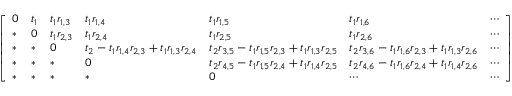
\left[ \begin{array} { l l l l l l l } { 0 } & { t _ { 1 } } & { t _ { 1 } r _ { 1 , 3 } } & { t _ { 1 } r _ { 1 , 4 } } & { t _ { 1 } r _ { 1 , 5 } } & { t _ { 1 } r _ { 1 , 6 } } & { \cdots } \\ { * } & { 0 } & { t _ { 1 } r _ { 2 , 3 } } & { t _ { 1 } r _ { 2 , 4 } } & { t _ { 1 } r _ { 2 , 5 } } & { t _ { 1 } r _ { 2 , 6 } } & { \cdots } \\ { * } & { * } & { 0 } & { t _ { 2 } - t _ { 1 } r _ { 1 , 4 } r _ { 2 , 3 } + t _ { 1 } r _ { 1 , 3 } r _ { 2 , 4 } } & { t _ { 2 } r _ { 3 , 5 } - t _ { 1 } r _ { 1 , 5 } r _ { 2 , 3 } + t _ { 1 } r _ { 1 , 3 } r _ { 2 , 5 } } & { t _ { 2 } r _ { 3 , 6 } - t _ { 1 } r _ { 1 , 6 } r _ { 2 , 3 } + t _ { 1 } r _ { 1 , 3 } r _ { 2 , 6 } } & { \cdots } \\ { * } & { * } & { * } & { 0 } & { t _ { 2 } r _ { 4 , 5 } - t _ { 1 } r _ { 1 , 5 } r _ { 2 , 4 } + t _ { 1 } r _ { 1 , 4 } r _ { 2 , 5 } } & { t _ { 2 } r _ { 4 , 6 } - t _ { 1 } r _ { 1 , 6 } r _ { 2 , 4 } + t _ { 1 } r _ { 1 , 4 } r _ { 2 , 6 } } & { \cdots } \\ { * } & { * } & { * } & { * } & { 0 } & { \cdots } & { \cdots } \end{array} \right]